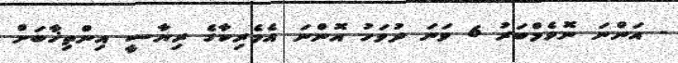
- އަންނަ ނޮވެމްބަރު 6 ވަނަ ދުވަހު އޮންނަ އެމެރިކާގެ ރިޔާސީ އިންތިޚާބަށް